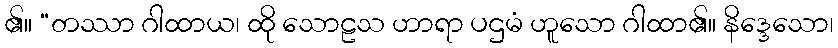
၏။ “တဿာ ဂါထာယ၊ ထို သောဠသ ဟာရာ ပဌမံ ဟူသော ဂါထာ၏။ နိဒ္ဒေသော၊